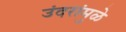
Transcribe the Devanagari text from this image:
उंदरांमुळे